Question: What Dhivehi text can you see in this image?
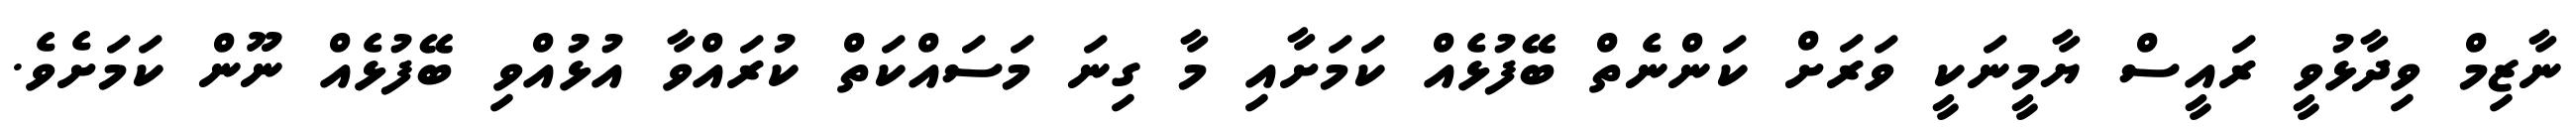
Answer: ނާޒިމް ވިދާޅުވީ ރައީސް ޔާމީނަކީ ވަރަށް ކަންނެތް ބޭފުޅެއް ކަމަށާއި މާ ގިނަ މަސައްކަތް ކުރައްވާ އުޅުއްވި ބޭފުޅެއް ނޫން ކަމަށެވެ.